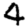
Digit: 4